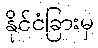
နိုင်ငံခြားမှ